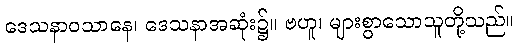
ဒေသနာဝသာနေ၊ ဒေသနာအဆုံး၌။ ဗဟူ၊ များစွာသောသူတို့သည်။